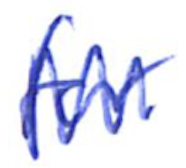
Text: for
Cross-out: zig-zag
Writing tool: ballpoint